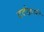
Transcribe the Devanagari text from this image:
दर्दकारी